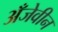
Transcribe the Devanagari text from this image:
अँजेवीन